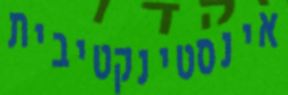
אינסטינקטיבית